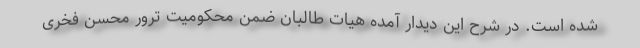
شده است. در شرح این دیدار آمده هیات طالبان ضمن محکومیت ترور محسن فخری